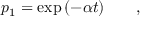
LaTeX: p _ { 1 } = \exp { ( - \alpha t ) } \qquad ,